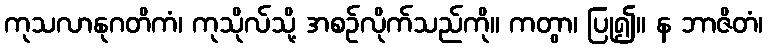
ကုသလာနုဂတိကံ၊ ကုသိုလ်သို့ အစဉ်လိုက်သည်ကို။ ကတွာ၊ ပြု၍။ န ဘာဇိတံ၊